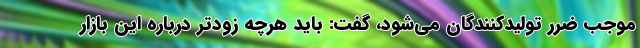
موجب ضرر تولیدکنندگان می‌شود، گفت: باید هرچه زودتر درباره این بازار